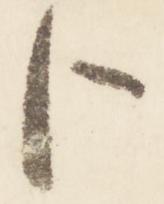
臣